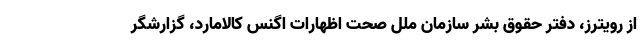
از رویترز، دفتر حقوق بشر سازمان ملل صحت اظهارات اگنس کالامارد، گزارشگر